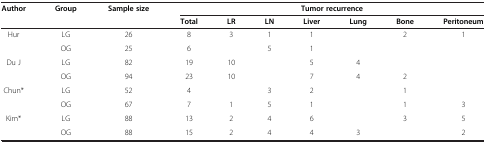
| <ROWSPAN=2> Author | <ROWSPAN=2> Group | <ROWSPAN=2> Sample size | <COLSPAN=7> Tumor recurrence |
 | Total | LR | LN | Liver | Lung | Bone | Peritoneum |
 | --- | --- | --- | --- | --- | --- | --- | --- | --- | --- |
 | <ROWSPAN=2> Hur | LG | 26 | 8 | 3 | 1 | 1 |  | 2 | 1 |
 | OG | 25 | 6 |  | 5 | 1 |  |  |  |
 | <ROWSPAN=2> Du J | LG | 82 | 19 | 10 |  | 5 | 4 |  |  |
 | OG | 94 | 23 | 10 |  | 7 | 4 | 2 |  |
 | <ROWSPAN=2> Chun* | LG | 52 | 4 |  | 3 | 2 |  | 1 |  |
 | OG | 67 | 7 | 1 | 5 | 1 |  | 1 | 3 |
 | <ROWSPAN=2> Kim* | LG | 88 | 13 | 2 | 4 | 6 |  | 3 | 5 |
 | OG | 88 | 15 | 2 | 4 | 4 | 3 |  | 2 |